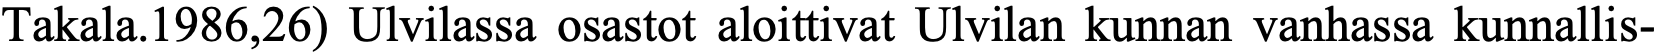
Takala.1986,26) Ulvilassa osastot aloittivat Ulvilan kunnan vanhassa kunnallis-